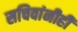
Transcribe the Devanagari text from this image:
सचिवांनीही